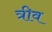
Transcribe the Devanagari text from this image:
त्रीव